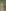
: